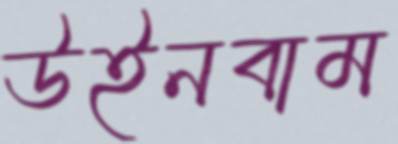
উইনবাম